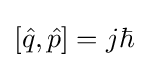
[{\hat {q}},{\hat {p}}]=j\hbar \